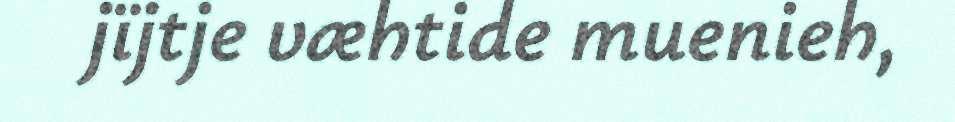
jïjtje væhtide muenieh,